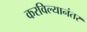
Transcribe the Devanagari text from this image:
करविल्यानंतर